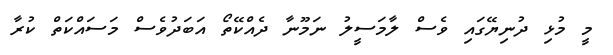
މީ މުޅި ދުނިޔޭގައި ވެސް ލާމަސީލު ނަމޫނާ ދެއްކޭތޯ އަބަދުވެސް މަސައްކަތް ކުރާ